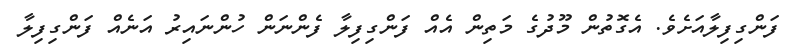
ފަންގިފިލާއަށެވެ. އެގޮތުން މޫދުގެ މަތިން އެއް ފަންގިފިލާ ފެންނަން ހުންނައިރު އަނެއް ފަންގިފިލާ